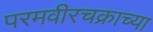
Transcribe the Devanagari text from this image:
परमवीरचक्राच्या